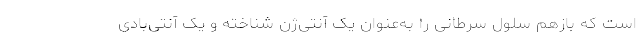
است که بازهم سلول سرطانی را به‌عنوان یک آنتی‌ژن شناخته و یک آنتی‌بادی